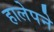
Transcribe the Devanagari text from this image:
हालेपने